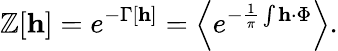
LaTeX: \mathbb{Z}[{\mathbf{h}}]=e^{-\Gamma\left[{\mathbf{h}}\right]}=\left<e^{-\frac{{1}}{{\pi}}\int{\mathbf{h}\cdot\Phi}}\right>.